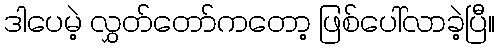
ဒါပေမဲ့ လွှတ်တော်ကတော့ ဖြစ်ပေါ်လာခဲ့ပြီ။